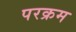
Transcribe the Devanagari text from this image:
परक्रम